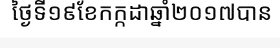
ថ្ងៃទី១៩ខែកក្កដាឆ្នាំ២០១៧បាន